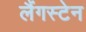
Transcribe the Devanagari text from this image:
लैंगस्टेन